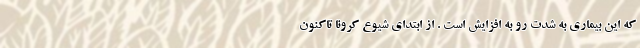
که این بیماری به شدت رو به افزایش است . از ابتدای شیوع کرونا تاکنون